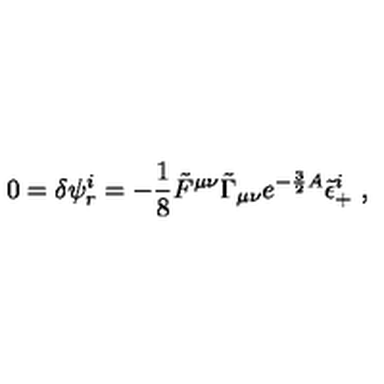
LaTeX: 0 = \delta \psi _ { r } ^ { i } = - { \frac { 1 } { 8 } } \tilde { F } ^ { \mu \nu } \tilde { \Gamma } _ { \mu \nu } e ^ { - { \frac { 3 } { 2 } } A } \tilde { \epsilon } _ { + } ^ { i } \ ,